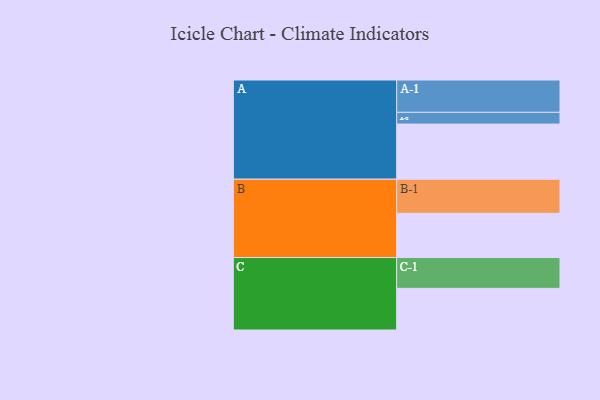
{"axis": {"x": "Segment", "y": "Value"}, "legend": ["", "A", "B", "C"], "data": [{"x": "A", "y": 404, "type": ""}, {"x": "B", "y": 324, "type": ""}, {"x": "C", "y": 305, "type": ""}, {"x": "A-1", "y": 237, "type": "A"}, {"x": "A-2", "y": 86, "type": "A"}, {"x": "B-1", "y": 250, "type": "B"}, {"x": "C-1", "y": 226, "type": "C"}]}